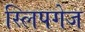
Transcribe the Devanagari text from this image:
स्लिपगेज